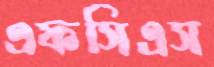
এফসিএস